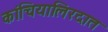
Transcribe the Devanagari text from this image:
कांचियालिरदात